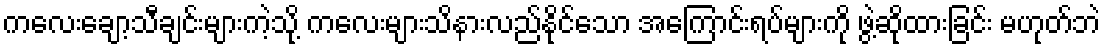
ကလေးချော့သီချင်းများကဲ့သို့ ကလေးများသိနားလည်နိုင်သော အကြောင်းရပ်များကို ဖွဲ့ဆိုထားခြင်း မဟုတ်ဘဲ